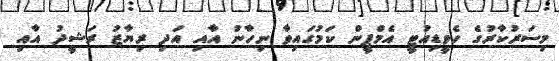
މިސަރުކާރުގެ ހެވީޑިއުޓީ އެމްޕީން ކަމުގައިވާ ނިހާނު އާއި އަދި ރިޔާޒު ރަޝީދު އާއި